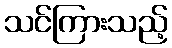
သင်ကြားသည့်